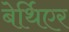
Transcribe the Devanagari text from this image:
बेर्थिएर